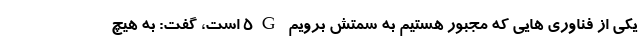
یکی از فناوری هایی که مجبور هستیم به سمتش برویم 5G است، گفت: به هیچ